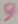
Text: 9